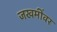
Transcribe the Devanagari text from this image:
जखमींवर